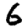
Digit: 6